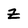
Character: Z